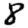
Digit: 8